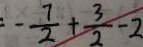
= - \frac { 7 } { 2 } + \frac { 3 } { 2 } - 2